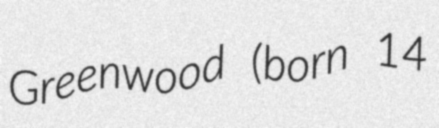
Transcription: Greenwood (born 14